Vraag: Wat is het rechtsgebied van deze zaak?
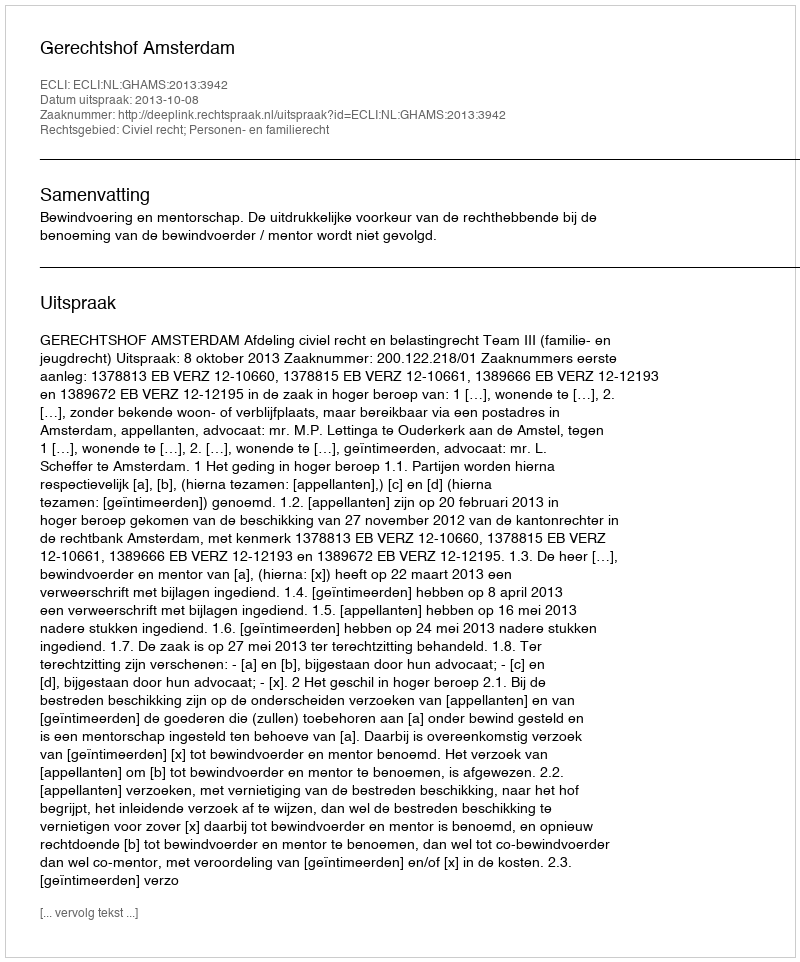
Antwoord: Civiel recht; Personen- en familierecht